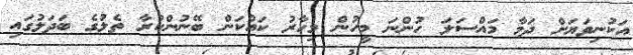
އަކުނިވަޔަށް ދަމާ މައްސަަލަ ހުންނަ މީހުން މިހާރު ކައްކަން ބޭނުންކުރާ ތެލުގެ ބަދަލުގައި